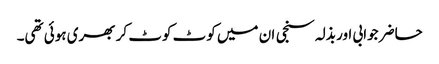
حاضر جوابی اور بذلہ سنجی ان میں کوٹ کوٹ کر بھری ہوئی تھی۔